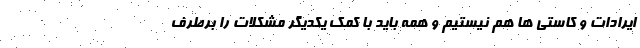
ایرادات و کاستی ها هم نیستیم و همه باید با کمک یکدیگر مشکلات را برطرف